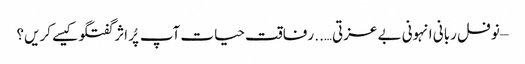
– نوفل ربانی	انہونی بے عزتی….. رفاقت حیات	آپ پُر اثر گفتگو کیسے کریں؟